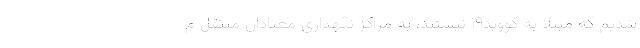
شدیم که مبتلا به کووید۱۹ نیستند، به مراکز نگهداری معتادان منتقل م